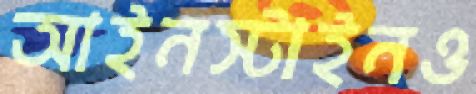
আইনস্টাইনও